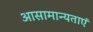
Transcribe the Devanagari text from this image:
आसामान्यताएं